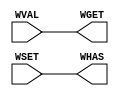

`ifdef BSV_ASSIGNMENT_DELAY
`else
`define BSV_ASSIGNMENT_DELAY
`endif


module RWire(WGET, WHAS, WVAL, WSET);


   parameter width = 1;

   input [width - 1 : 0]    WVAL;
   input                    WSET;

   output [width - 1 : 0]   WGET;
   output                   WHAS;

   assign WGET = WVAL;
   assign WHAS = WSET;

endmodule